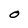
Character: O